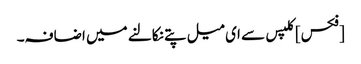
[فکس] کلپس سے ای میل پتے نکالنے میں اضافہ۔